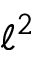
\ell ^ { 2 }